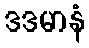
ဒဒမာနံ